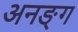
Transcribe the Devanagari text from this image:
अनङ्‌ग